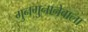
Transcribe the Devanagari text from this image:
गुनगुनानेवाला